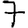
Digit: 7